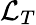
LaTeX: \mathcal{L}_{T}